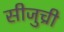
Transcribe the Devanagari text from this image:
सीजुच्री